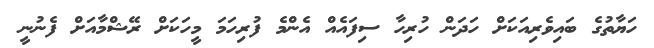
ހަޔާތުގެ ބައިވެރިއަކަށް ހަދަން ހުރިހާ ސިފައެއް އެންމެ ފުރިހަމަ މީހަކަށް ރޭޝްމާއަށް ފެނުނީ